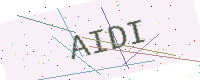
Text: AIDI